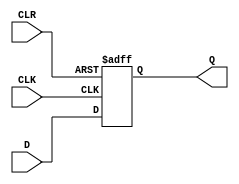
module FF_neg_edge_clk_async_reset(
    input D,
    input CLK,
    input CLR,
    output Q
    );
	 
	 reg Q;
	 always @ (negedge CLK or posedge CLR) begin
		if (CLR)
			Q <= 1'b0;
		else
		Q <= D;
	 
	 end

endmodule